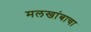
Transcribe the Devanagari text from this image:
मलखांबाचा